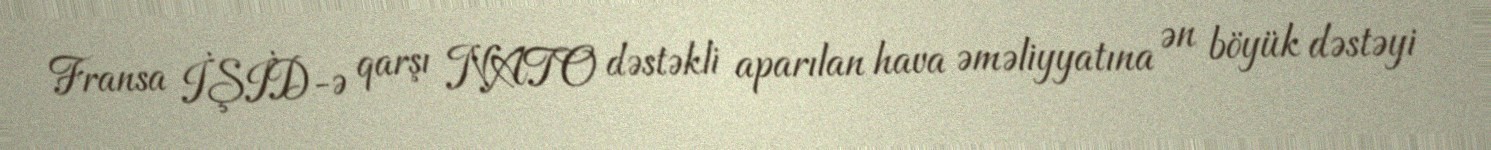
Fransa İŞİD-ə qarşı NATO dəstəkli aparılan hava əməliyyatına ən böyük dəstəyi